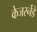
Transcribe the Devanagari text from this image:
केजर्स्नेडे